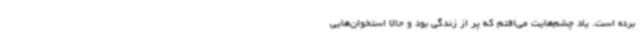
برده است. یاد چشم‌هایت می‌افتم که پر از زندگی بود و حالا استخوان‌هایی